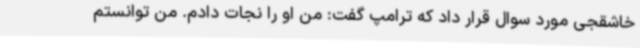
خاشقجی مورد سوال قرار داد که ترامپ گفت: من او را نجات دادم. من توانستم